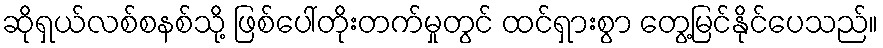
ဆိုရှယ်လစ်စနစ်သို့ ဖြစ်ပေါ်တိုးတက်မှုတွင် ထင်ရှားစွာ တွေ့မြင်နိုင်ပေသည်။